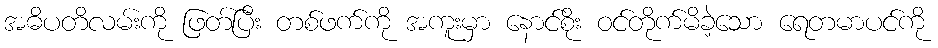
အဓိပတိလမ်းကို ဖြတ်ပြီး တစ်ဖက်ကို အကူးမှာ နောင်စိုး ဝင်တိုက်မိခဲ့သော ရေတမာပင်ကို